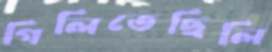
গিলিতেছিলি